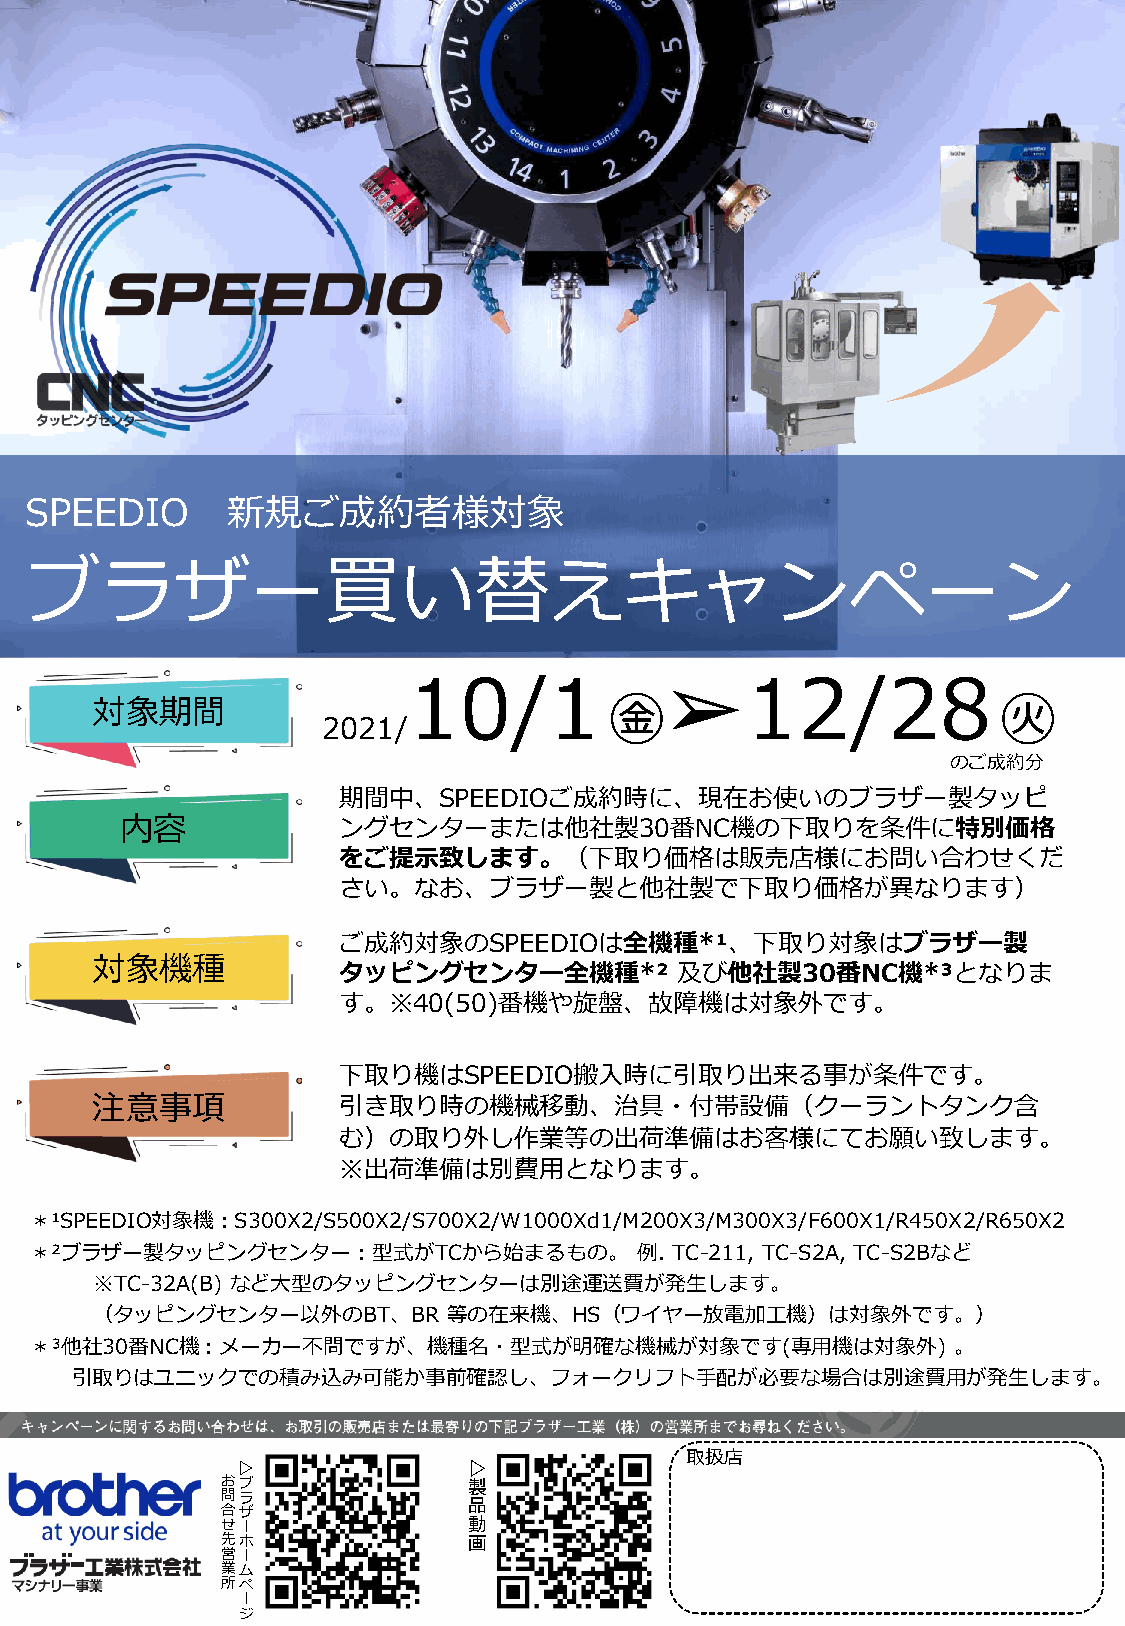
SPEEDIO      新規ご成約者様対象
 ブラザー買い替えキャンペーン
 10/1             ➢12/28
 ㊎                         ㊋
 対象期間
 2021/
 のご成約分
 期間中、SPEEDIOご成約時に、現在お使いのブラザー製タッピ
 内容            ングセンターまたは他社製30番NC機の下取りを条件に特別価格
 をご提示致します。（下取り価格は販売店様にお問い合わせくだ
 さい。なお、ブラザー製と他社製で下取り価格が異なります）
 ご成約対象のSPEEDIOは全機種*¹、下取り対象はブラザー製
 対象機種
 タッピングセンター全機種*²         及び他社製30番NC機*³となりま
 す。※40(50)番機や旋盤、故障機は対象外です。
 下取り機はSPEEDIO搬入時に引取り出来る事が条件です。
 注意事項            引き取り時の機械移動、治具・付帯設備（クーラントタンク含
 む）の取り外し作業等の出荷準備はお客様にてお願い致します。
 ※出荷準備は別費用となります。
 ＊¹SPEEDIO対象機：S300X2/S500X2/S700X2/W1000Xd1/M200X3/M300X3/F600X1/R450X2/R650X2
 ＊²ブラザー製タッピングセンター：型式がTCから始まるもの。          例. TC-211, TC-S2A, TC-S2Bなど
 ※TC-32A(B) など大型のタッピングセンターは別途運送費が発生します。
 （タッピングセンター以外のBT、BR      等の在来機、HS（ワイヤー放電加工機）は対象外です。）
 ＊³他社30番NC機：メーカー不問ですが、機種名・型式が明確な機械が対象です(専用機は対象外)              。
 引取りはユニックでの積み込み可能か事前確認し、フォークリフト手配が必要な場合は別途費用が発生します。
 取扱店
 ▷              ▷
 おブ              製
 問ラ
 品
 合ザ
 せー              動
 先ホ              画
 営ー
 業ム
 所ペ
 ー
 ジ